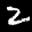
Label: 2